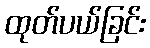
ထုတ်ပယ်ခြင်း